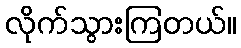
လိုက်သွားကြတယ်။